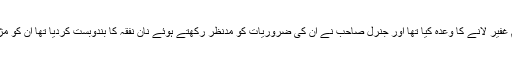
ان کی پارٹی کے چند لوگوں نے بقول شخصے جنہوں نے عوام کا جم غفیر لانے کا وعدہ کیا تھا اور جنرل صاحب نے ان کی ضروریات کو مدنظر رکھتے ہوئے نان نفقہ کا بندوبست کردیا تھا ان کو مژدہ سنارہے تھے کہ اندرونِ سندھ اور بلوچستان سے قافلے آرہے ہیں۔